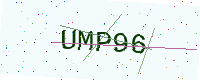
Text: UMP96